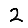
Digit: 2